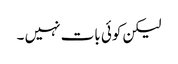
لیکن کوئی بات نہیں ۔